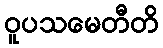
ဝူပသမေတီတိ